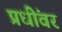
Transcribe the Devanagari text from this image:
प्रधींवर